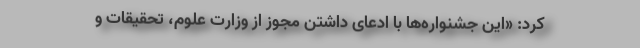
کرد: «این جشنواره‌ها با ادعای داشتن مجوز از وزارت علوم، تحقیقات و